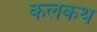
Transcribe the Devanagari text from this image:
कलकथ